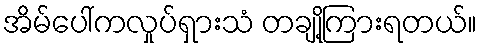
အိမ်ပေါ်ကလှုပ်ရှားသံ တချို့ကြားရတယ်။